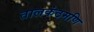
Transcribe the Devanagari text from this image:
तालकंठमणि